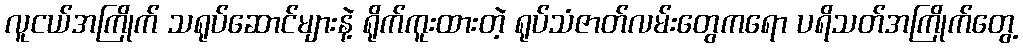
လူငယ်အကြိုက် သရုပ်ဆောင်များနဲ့ ရိုက်ကူးထားတဲ့ ရုပ်သံဇာတ်လမ်းတွေကရော ပရိသတ်အကြိုက်တွေ့